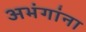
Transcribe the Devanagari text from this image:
अभंगांना